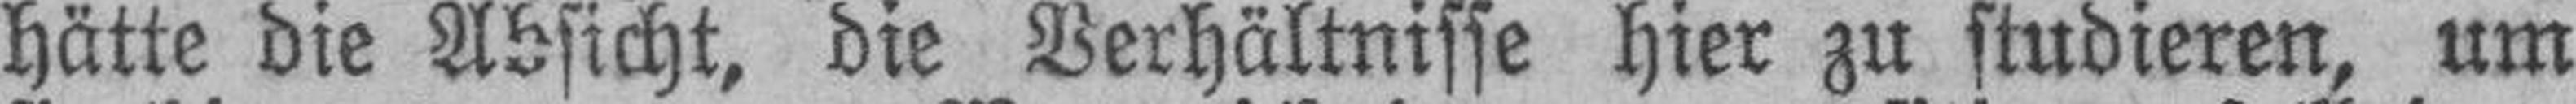
hätte die Absicht, die Verhältnisse hier zu studieren, um